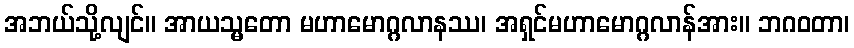
အဘယ်သို့လျင်။ အာယသ္မတော မဟာမောဂ္ဂလာနဿ၊ အရှင်မဟာမောဂ္ဂလာန်အား။ ဘဂဝတာ၊